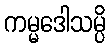
ကမ္မဒေါသမ္ပိ